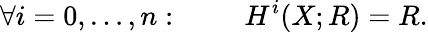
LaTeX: \forall i=0,\ldots,n:\qquad\ H^{i}(X;R)=R.